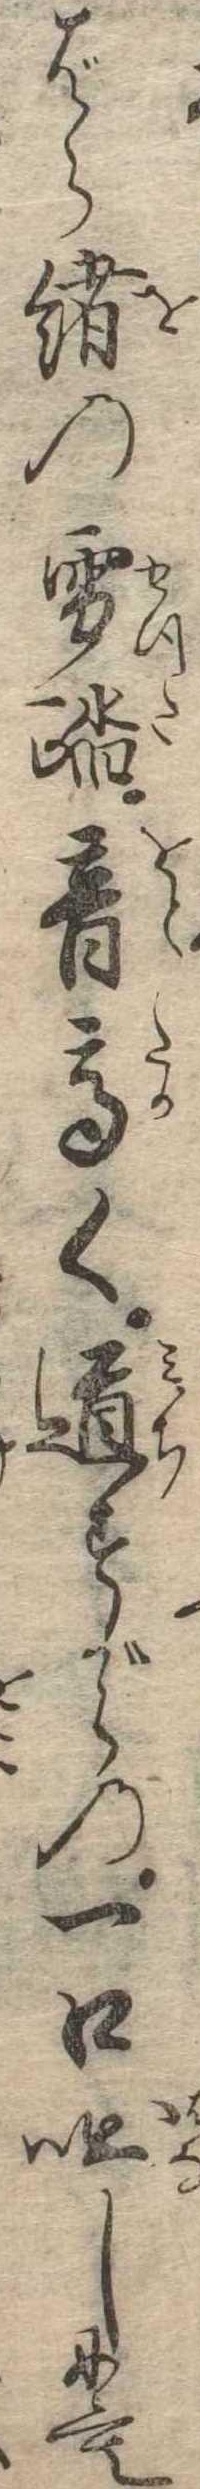
ばら緒の雪踏音高く道すがらの一口咄しにも